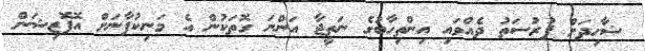
ޝާހިދަށް ފުރުސަތު ދެއްވައި އިންތިހާބުގެ ނަތީޖާ އަންނަ ގޮތަކުން އެ މަނިކުފާނަށް އޮޕޮޒިޝަން